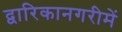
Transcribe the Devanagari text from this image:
द्वारिकानगरीमें